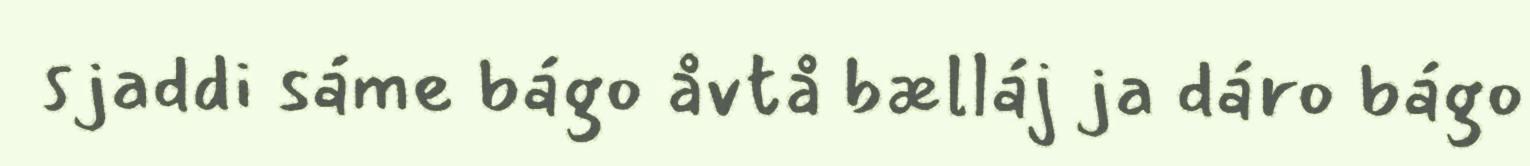
sjaddi sáme bágo åvtå bælláj ja dáro bágo